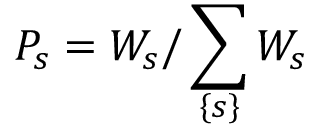
P _ { s } = W _ { s } / \sum _ { \left\{ s \right\} } W _ { s }